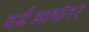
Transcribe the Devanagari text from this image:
वर्गःभाषांतर